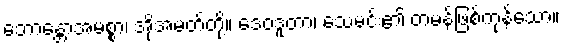
ဘောန္တောအမစ္စာ၊ အိုအမတ်တို့။ ဒေဝဒူတာ၊ သေမင်း၏ တမန်ဖြစ်ကုန်သော။